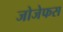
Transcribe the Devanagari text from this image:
जोजेफस